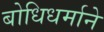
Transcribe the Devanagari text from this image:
बोधिधर्माने